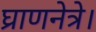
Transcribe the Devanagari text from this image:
घ्राणनेत्रे।